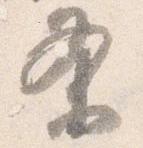
条